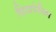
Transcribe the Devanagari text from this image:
दिवायेसिस